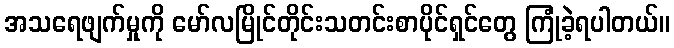
အသရေဖျက်မှုကို မော်လမြိုင်တိုင်းသတင်းစာပိုင်ရှင်တွေ ကြုံခဲ့ရပါတယ်။